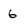
Character: 6